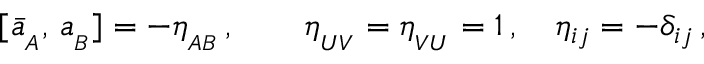
[ \bar { a } _ { _ A } , \, a _ { _ B } ] = - \eta _ { _ { A B } } \, , \qquad \eta _ { _ { U V } } = \eta _ { _ { V U } } = 1 \, , \quad \eta _ { i j } = - \delta _ { i j } \, ,